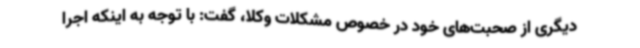
دیگری از صحبت‌های خود در خصوص مشکلات وکلا، گفت: با توجه به اینکه اجرا